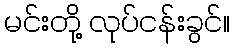
မင်းတို့ လုပ်ငန်းခွင်။